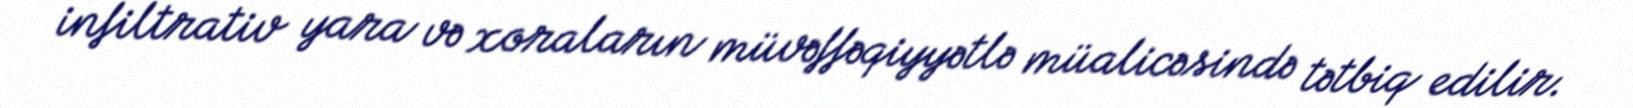
infiltrativ yara və xoraların müvəffəqiyyətlə müalicəsində tətbiq edilir.